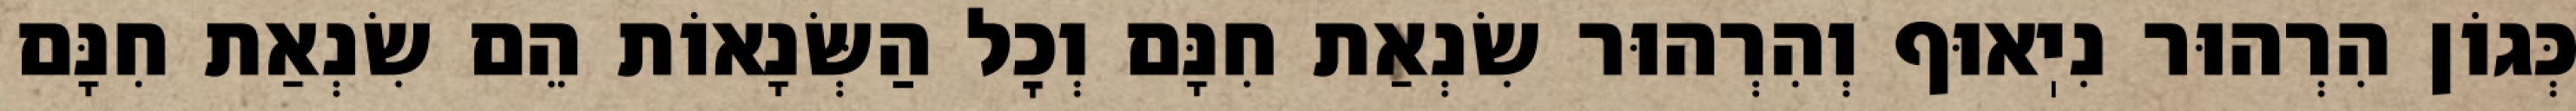
כְּגוֹן הִרְהוּר נִיֽאוּף וְהִרְהוּר שִׂנְאַת חִנָּם וְכׇל הַשְּׂנָאוֹת הֵם שִׂנְאַת חִנָּם